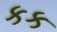
કક